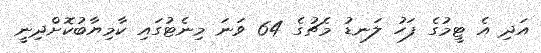
އަދި އެ ޓީމުގެ ފަހު ލަނޑު މެޗުގެ 64 ވަނަ މިނެޓުގައި ކާމިޔާބުކޮށްދިނީ